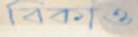
বিকাও